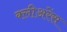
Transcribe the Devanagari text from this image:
क्लीअरेंस